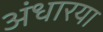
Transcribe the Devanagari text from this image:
अंधारया